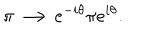
\pi \longrightarrow e ^ { - i \theta } \pi e ^ { i \theta } .